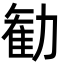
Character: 勧